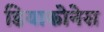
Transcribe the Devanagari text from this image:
डियाकोनेस